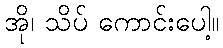
အို၊ သိပ် ကောင်းပေါ့။